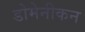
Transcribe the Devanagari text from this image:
डोमेनीकन